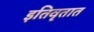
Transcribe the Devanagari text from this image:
इतिवृतात